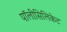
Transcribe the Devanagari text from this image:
पॉलीसिलिकेट